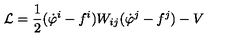
{ \cal L } = \frac { 1 } { 2 } ( \dot { \varphi } ^ { i } - f ^ { i } ) W _ { i j } ( \dot { \varphi } ^ { j } - f ^ { j } ) - V